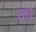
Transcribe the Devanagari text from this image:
का